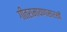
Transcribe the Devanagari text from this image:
गीतरामायणासारखी